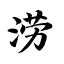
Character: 涝